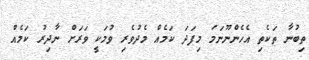
ތިބުނާ ތަކެތި އެހެންނޫނަމަ މިފަދަ ކަމެއް މެދުވެރި ވުމަކީ ވަރަށް ނާދިރު ކަމެއް